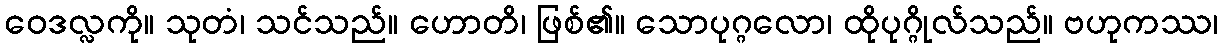
ဝေဒလ္လကို။ သုတံ၊ သင်သည်။ ဟောတိ၊ ဖြစ်၏။ သောပုဂ္ဂလော၊ ထိုပုဂ္ဂိုလ်သည်။ ဗဟုကဿ၊